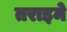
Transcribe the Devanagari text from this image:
तराइमे